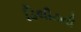
ડિલીટની